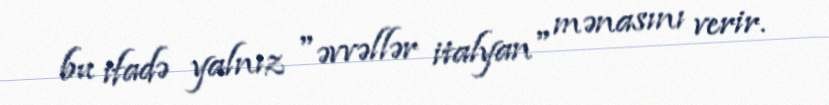
bu ifadə yalnız "əvvəllər italyan" mənasını verir.